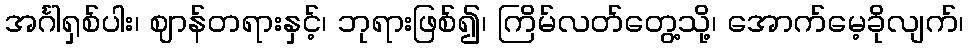
အင်္ဂါရှစ်ပါး၊ ဈာန်တရားနှင့်၊ ဘုရားဖြစ်၍၊ ကြိမ်လတ်တွေ့သို့၊ အောက်မေ့ခိုလျက်၊